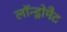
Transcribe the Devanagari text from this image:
लॉन्ड्रोमैट